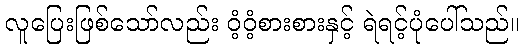
လူပြေးဖြစ်သော်လည်း ဝံ့ဝံ့စားစားနှင့် ရဲရင့်ပုံပေါ်သည်။